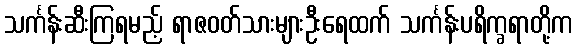
သင်္ကန်းဆီးကြရမည့် ရာဇဝတ်သားများဦးရေထက် သင်္ကန်းပရိက္ခရာတို့က